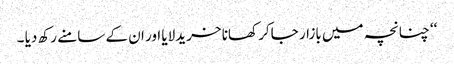
‘‘ چنانچہ میں بازار جاکر کھانا خریدلایا اور ان کے سامنے رکھ دیا ۔